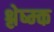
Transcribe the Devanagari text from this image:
श्लेष्म्क